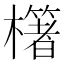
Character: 櫡